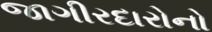
જાગીરદારોનો